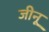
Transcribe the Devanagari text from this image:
जीनू